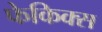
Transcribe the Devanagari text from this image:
फेकिक्स